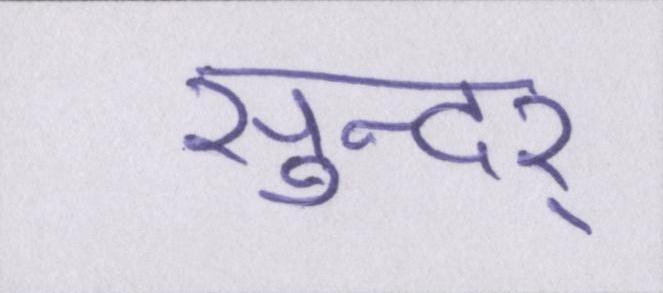
सुन्दर्